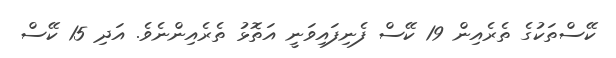
ކޭސްތަކުގެ ތެރެއިން 19 ކޭސް ފެނިފައިވަނީ އަތޮޅު ތެރެއިންނެވެ. އަދި 15 ކޭސް